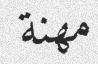
مھنة